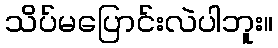
သိပ်မပြောင်းလဲပါဘူး။